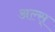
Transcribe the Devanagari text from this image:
अल्स्